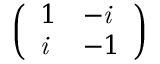
\left( \begin{array} { l l } { 1 } & { - \it { i } } \\ { \it { i } } & { - 1 } \end{array} \right)